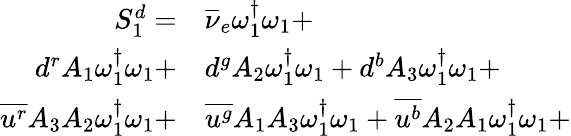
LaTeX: \begin{array}{rl}{S_{1}^{d}=}&{{}{\overline{{\nu}}_{e}}\omega_{1}^{\dagger}\omega_{1}+}\\ {{d}^{r}{A_{1}}\omega_{1}^{\dagger}\omega_{1}+}&{{}{d}^{g}{A_{2}}\omega_{1}^{\dagger}\omega_{1}+{d}^{b}{A_{3}}\omega_{1}^{\dagger}\omega_{1}+}\\ {\overline{{u^{r}}}{A_{3}}{A_{2}}\omega_{1}^{\dagger}\omega_{1}+}&{{}\overline{{u^{g}}}{A_{1}}{A_{3}}\omega_{1}^{\dagger}\omega_{1}+\overline{{u^{b}}}{A_{2}}{A_{1}}\omega_{1}^{\dagger}\omega_{1}+}\end{array}